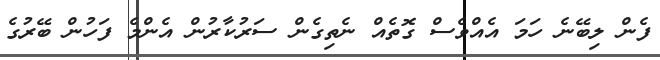
ފެން ލިބޭނެ ހަމަ އެއްވެސް ގޮތެއް ނެތިގެން ސަރުކާރުން އެންމެ ފަހުން ބޭރުގެ